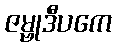
ဇမ္ဗုဒီပကေ